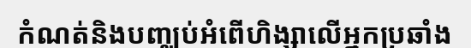
កំណត់និងបញ្ឈប់អំពើហិង្សាលើអ្នកប្រឆាំង